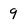
Character: 9